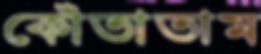
কোঁতাতাম